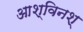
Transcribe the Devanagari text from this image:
आश्विनश्